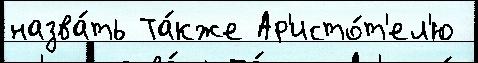
назва́ть Та́кже Ар'исто́т'ел'ю